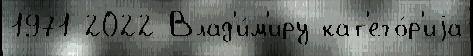
1971 2022 Влад'и́м'иру кат'его́р'иjа